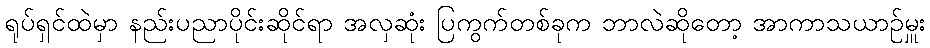
ရုပ်ရှင်ထဲမှာ နည်းပညာပိုင်းဆိုင်ရာ အလှဆုံး ပြကွက်တစ်ခုက ဘာလဲဆိုတော့ အာကာသယာဉ်မှူး